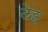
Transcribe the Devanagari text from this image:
लेट्च